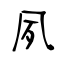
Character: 夙